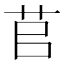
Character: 苢